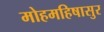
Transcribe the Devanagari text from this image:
मोहमहिषासुर